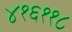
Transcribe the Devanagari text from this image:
४१६११८